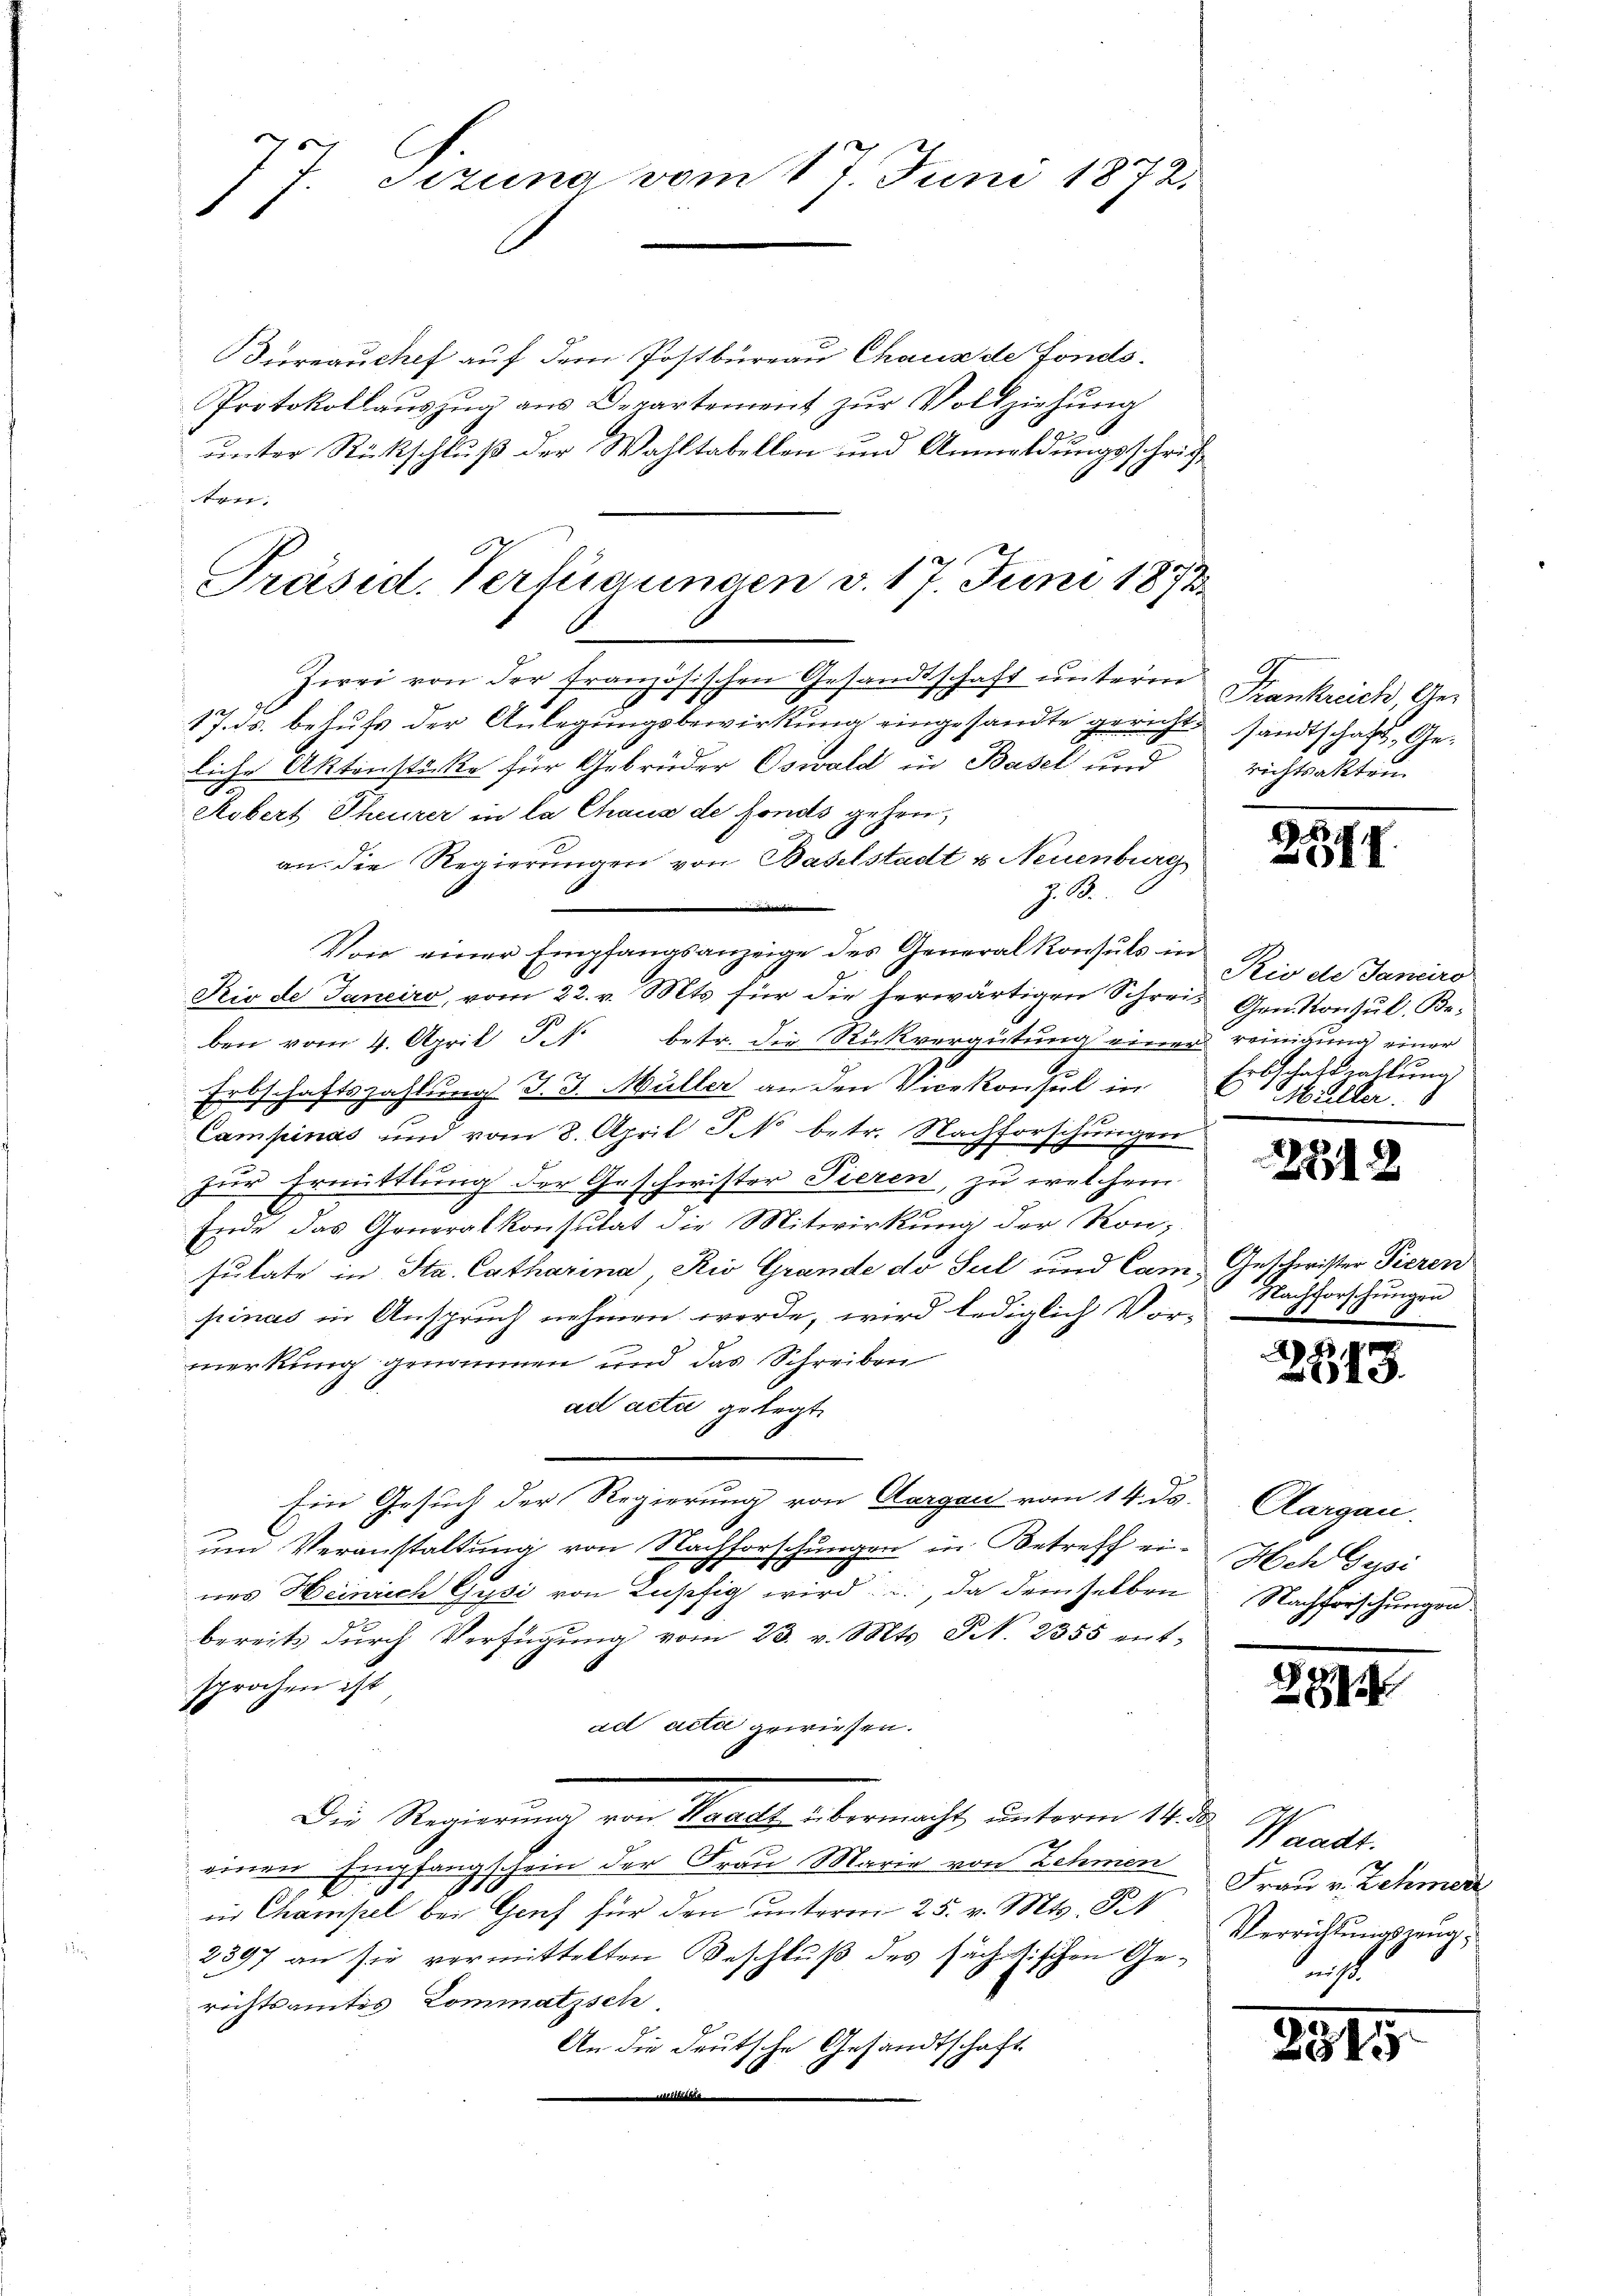
E
7 Jezung vom 17. Juni 1872.
1

Bureauchef auf dem Postbüreau Chaus de Fonds¬
Protokollaŭszŭg aŭs Departement zŭr Vollziehŭng
unter Rückschluß der Wahltabellen und Anmeldungsschrifen.
Präsid. Verfügungen v. 17. Juni 1873

Zwei von der französischen Gesandtschaft unterm Krankreich, Ge¬
9
17. ds. behufs der Anlegungsbewirkung eingesandte gericht sandtschaft, Geliche Aktenstöcke für Gebrüder Oswald in Basel und
Robert Theurer in la Chaus de fonds gehen,
an die Regierungen von Baselstadt u. Neuenburg
J. ..
Von einer Empfangsanzeige des General Konsuls in
Rio de Janeiro, vom 22. v. Mts. für die herwärtigen Schrei- Gen. Konsul, Be-
ben vom 4. April S. betr. die Rückvergütung einer reinigung einer
Erbschaftszahlungs J. J. Müller an den Vicekonsul in
Campinas und vom 8. April So betr. Nach
orsitzungen
zur Ermittlung der Geschwister Tieren, zu welchem
Ende das Generalkonsutat die Mitwirkung der Konsutate in Sta. Catharina Rio Grande do sul und Campinas in Anspruch nehmen werde, wird lediglich Vor-
merkung genommen und das Schreiben
ad acta gelegt
Ein Gesuch der Regierung von Aargau vom 14. ds.
um Veranstaltung von Nachforschungen in Betreff eines Heinrich Gysi von Kusefig wird u., da demselben
bereits durch Verfügung vom 23. v. Mts. Nr. 2355 ent-
sprochen ist
ad acti gewiesen.
Die Regierung von Waadt übermacht unterm 14. d.
 einen Empfangschein der Frau Marie von Lehmen
J.
.
in Champel bei Genf für den unterm 25. v. Mts. St
2397 an sie vermittelten Beschluß des sächstischen Gerichtsamtes Kommatisch,
An die deutsche Gesandtschaft
e

richtsakten.

277.

Rio de Janeiro
Erbschaft zahlung
l
Hüller. 8

2312

Geschwister Tieren
Nachforschungen

2843.

Aargau.
Hch Gusi
Nachforschungen

287

Waadt.
Frau v. Zehmerz
Verrichtungszeug,
nicht

2915.